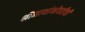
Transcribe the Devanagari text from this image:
श्रीनाथांभोवतीची